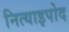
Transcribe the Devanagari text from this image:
नित्याइपोद